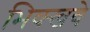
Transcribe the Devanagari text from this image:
भिक्खवे